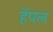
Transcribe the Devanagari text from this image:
हॅपल